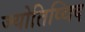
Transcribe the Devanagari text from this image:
ज्योतिष्विद